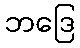
ဘဒြေ